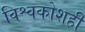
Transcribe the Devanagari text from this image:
विश्वकोशही